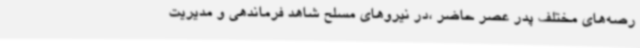
رصه‌های مختلف پدر عصر حاضر ،در نیروهای مسلح شاهد فرماندهی و مدیریت